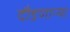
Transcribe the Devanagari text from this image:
दौडणाऱ्या